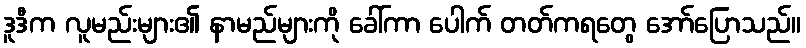
ဒူဒီက လူမည်းများ၏ နာမည်များကို ခေါ်ကာ ပေါက် တတ်ကရတွေ အော်ပြောသည်။